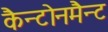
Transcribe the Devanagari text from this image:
कैन्टोनमैन्ट